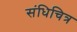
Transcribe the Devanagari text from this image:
संधिचित्र